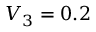
V _ { 3 } = 0 . 2